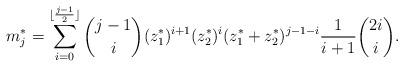
LaTeX: \begin{align*} m_j^*= \sum \limits_{i = 0}^{\lfloor \frac{j - 1}{2} \rfloor} \binom{j - 1}{i}(z_1^*)^{i + 1}(z_2^*)^i (z_1^* + z_2^*)^{j - 1 - i} \frac{1}{i + 1} \binom{2i}{i}. \end{align*}